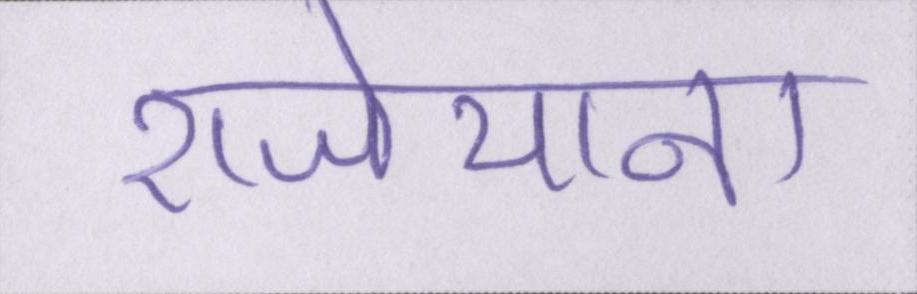
राजेयाना